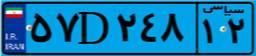
۲۳D۰۱۵۹۱